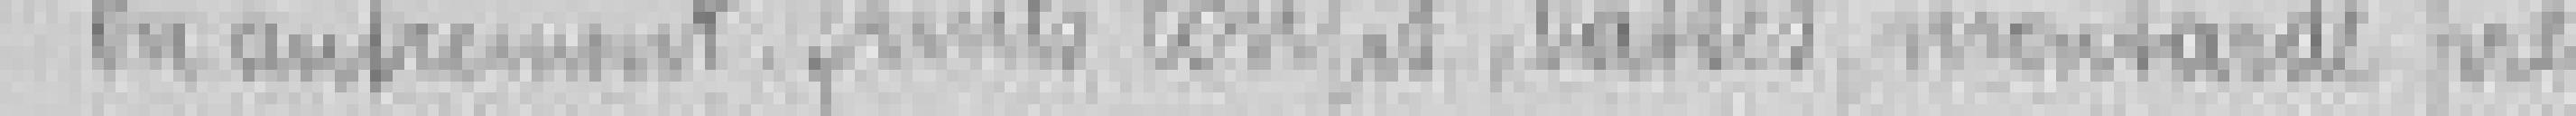
ou autrement fruits confis, dattes, moutarde pré-